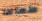
طعاما